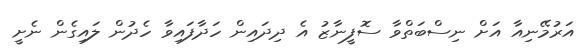
އަރުމޭނިއާ އަށް ނިސްބަތްވާ ސޮފީނާޒު އެ ދިދައިން ހަދާފައިވާ ހެދުން ލައިގެން ނެށީ